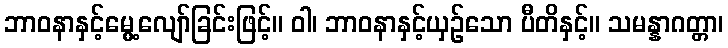
ဘာဝနာနှင့်မွေ့လျော်ခြင်းဖြင့်။ ဝါ၊ ဘာဝနာနှင့်ယှဉ်သော ပီတိနှင့်။ သမန္နာဂတ္တာ၊